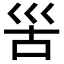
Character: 𡿵